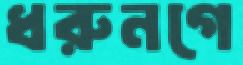
ধরুনগে